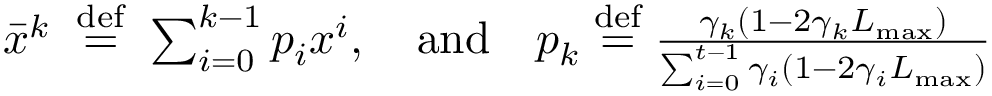
\begin{array} { r } { \bar { x } ^ { k } \; \overset { \mathrm { d e f } } { = } \; \sum _ { i = 0 } ^ { k - 1 } p _ { i } x ^ { i } , \quad \mathrm { a n d } \quad p _ { k } \overset { \mathrm { d e f } } { = } \frac { \gamma _ { k } ( 1 - 2 \gamma _ { k } L _ { \operatorname* { m a x } } ) } { \sum _ { i = 0 } ^ { t - 1 } \gamma _ { i } ( 1 - 2 \gamma _ { i } L _ { \operatorname* { m a x } } ) } } \end{array}